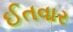
ઈતવાર